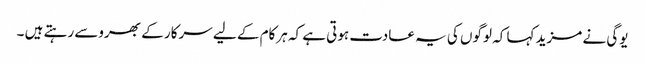
یوگی نے مزید کہا کہ لوگوں کی یہ عادت ہوتی ہے کہ ہرکام کے لیے سرکار کے بھروسے رہتے ہیں ۔